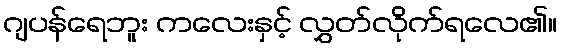
ဂျပန်ရေဘူး ကလေးနှင့် လွှတ်လိုက်ရလေ၏။